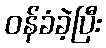
ဝန်ခံခဲ့ပြီး